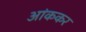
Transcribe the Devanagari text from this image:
आंककर